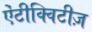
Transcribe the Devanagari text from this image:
ऐंटीक्विटीज़